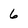
Character: 6